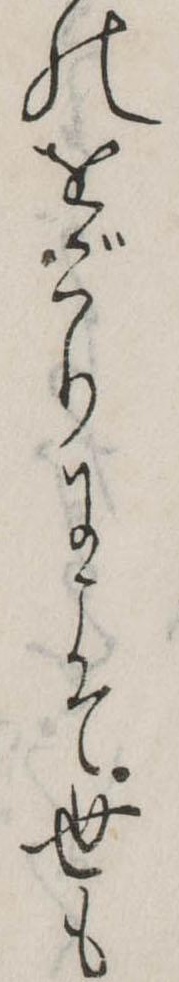
のをごりにこそ世も